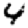
Digit: 4